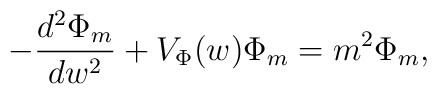
- \frac{d^2 \Phi_{m}}{dw^2} + V_{\Phi}(w) \Phi_{m} = m^2 \Phi_{m},